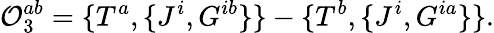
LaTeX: {\cal O}_{3}^{ab}=\{ T^{a},\{ J^{i},G^{ib}\} \} -\{ T^{b},\{ J^{i},G^{ia}\} \} .